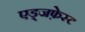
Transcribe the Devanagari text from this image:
एड्जफ़ेस्ट